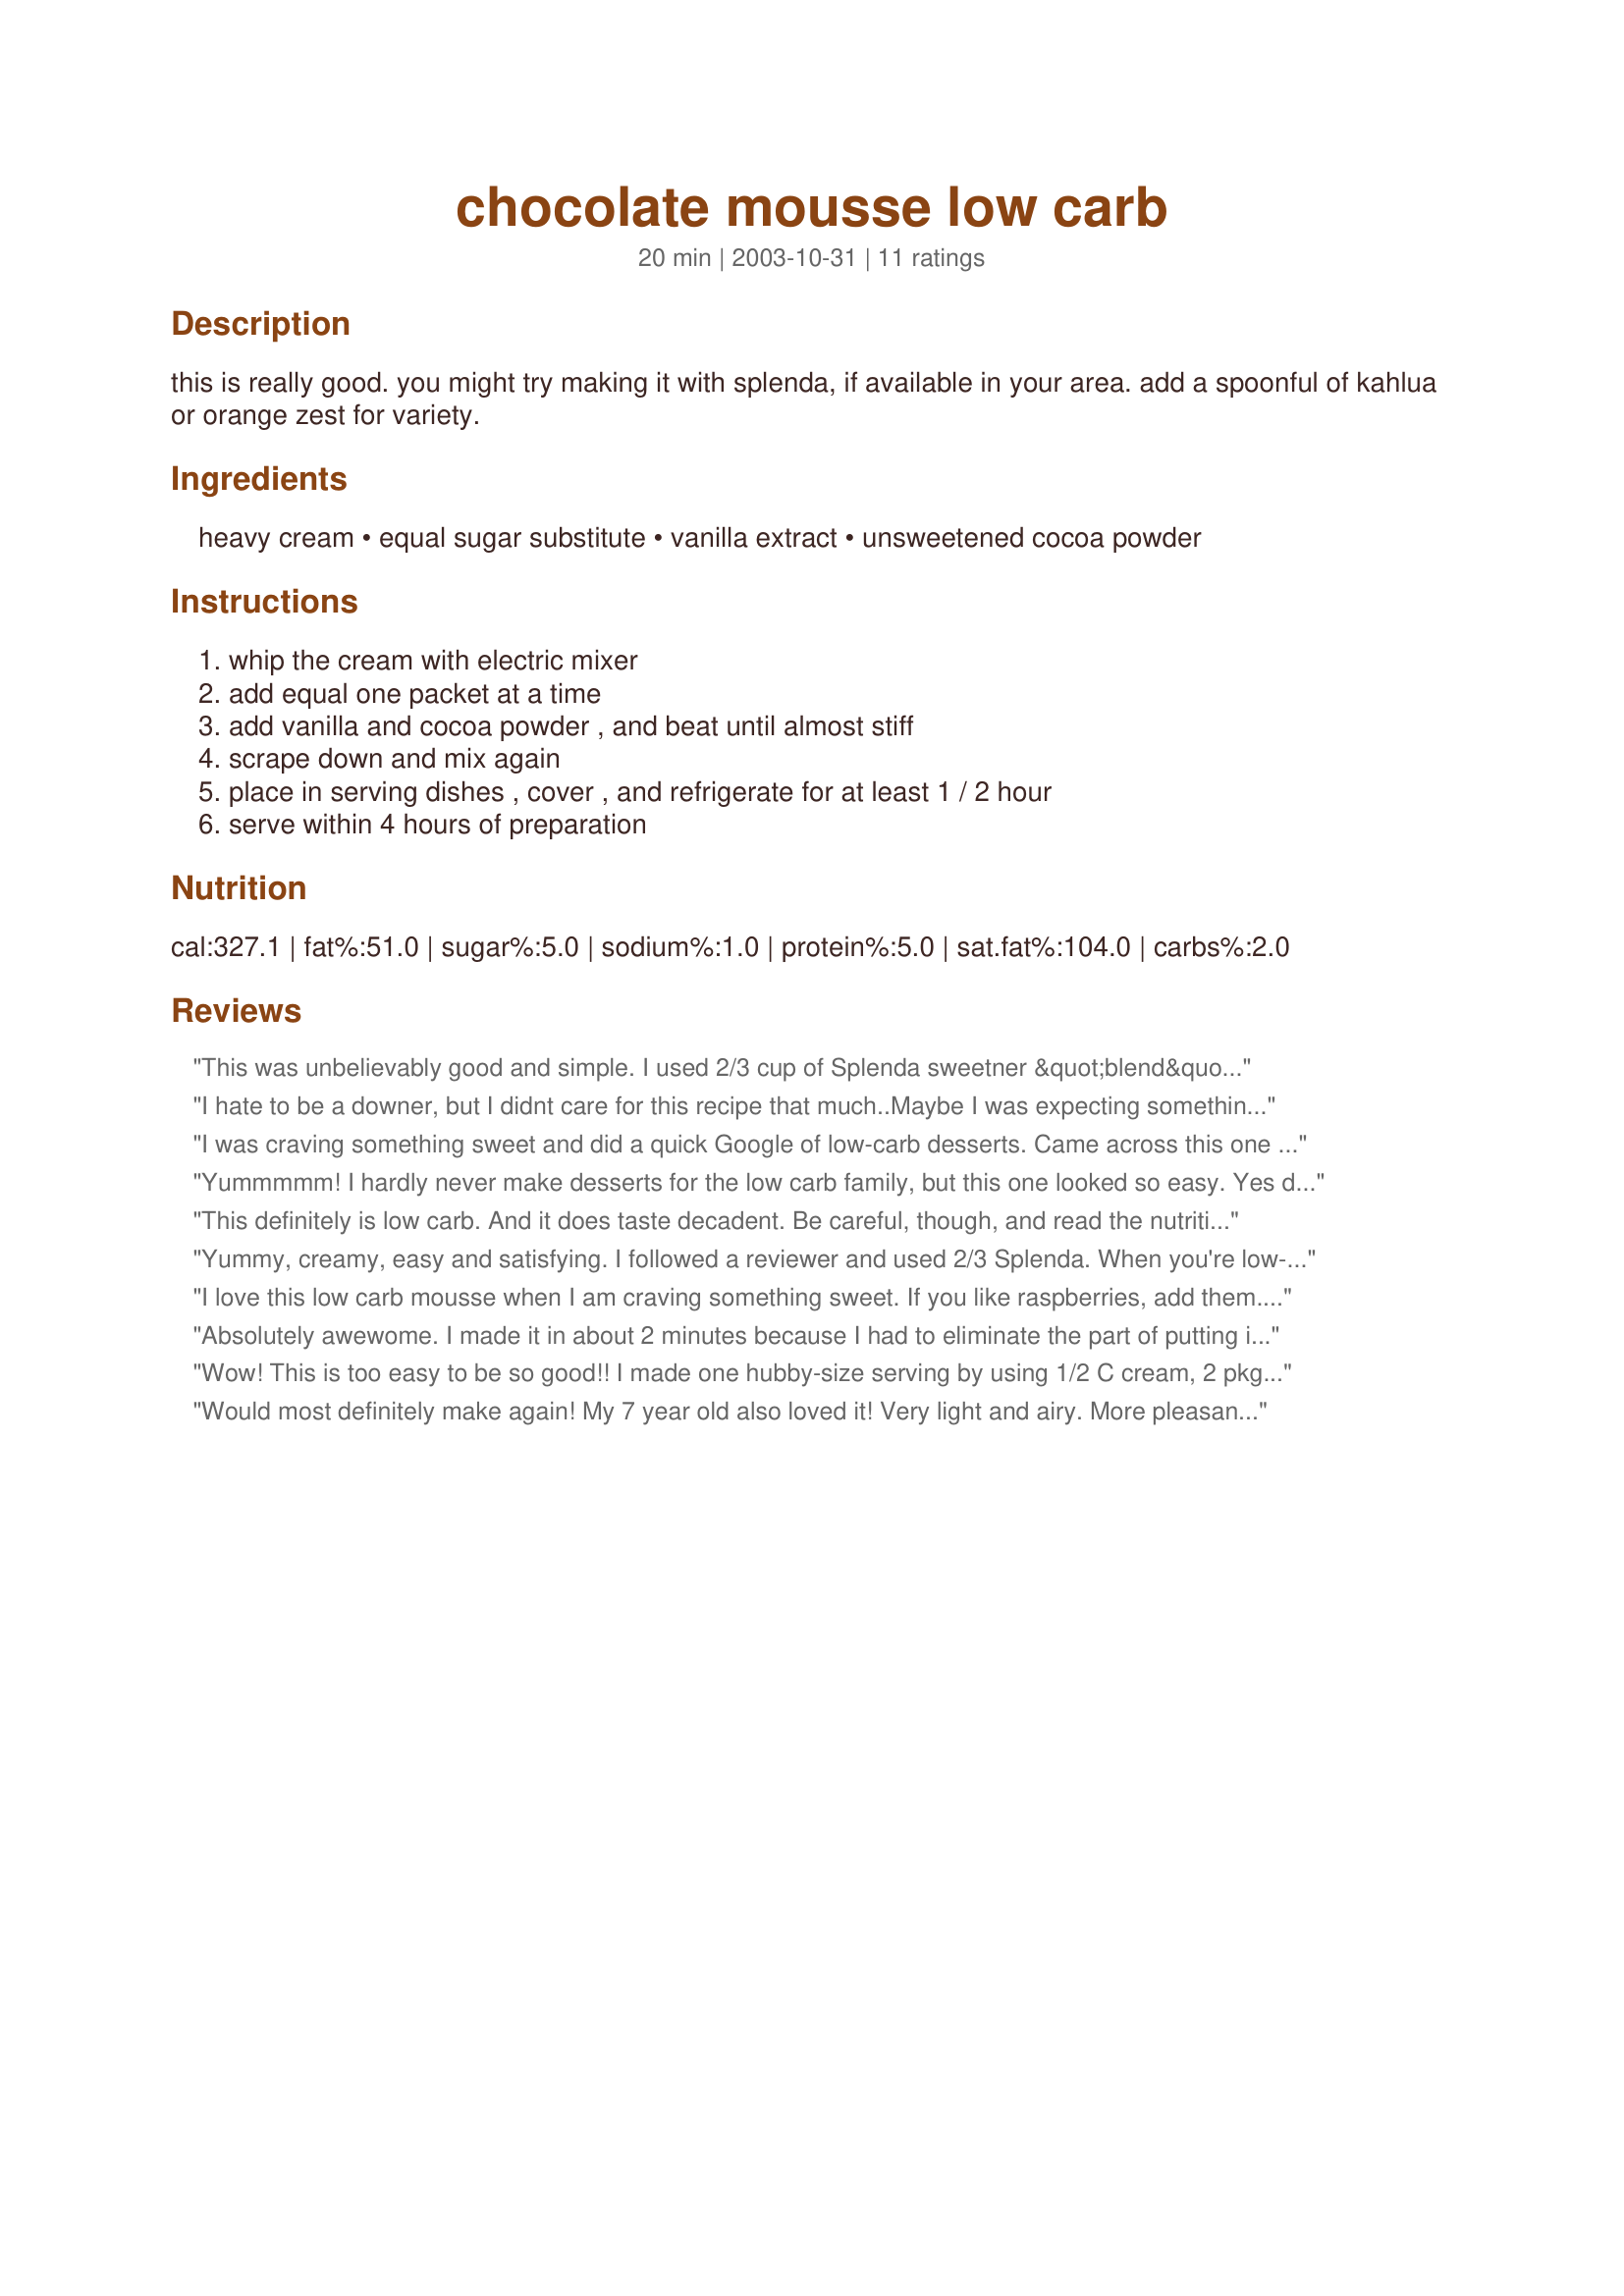
chocolate mousse low carb
Preparation time: 20 minutes

this is really good. you might try making it with splenda, if available in your area. add a spoonful of kahlua or orange zest for variety.

Ingredients:
heavy cream, equal sugar substitute, vanilla extract, unsweetened cocoa powder

Steps:
whip the cream with electric mixer, add equal one packet at a time, add vanilla and cocoa powder , and beat until almost stiff, scrape down and mix again, place in serving dishes , cover , and refrigerate for at least 1 / 2 hour, serve within 4 hours of preparation

Reviews:
This was unbelievably good and simple. I used 2/3 cup of Splenda sweetner &quot;blend&quot; in the big bag and it worked out great. I do like the taste of Equal better, so I'll try it with that next time (just a personal preference). But definitely satisfies the sweet tooth - topped with sugar-free whipped cream and blackberries/blueberries for an awesome dessert! Keeper recipe and thanks for posting!
I hate to be a downer, but I didnt care for this recipe that much..Maybe I was expecting something different. I felt like it was missing something...thanks for sharing your recipe...
I was craving something sweet and did a quick Google of low-carb desserts. Came across this one and it&#039;s starred ratings. I&#039;m past the low-carb induction phase, so I used a third cup of the sugar/Splenda blend instead of all artificial sweetener. I also used a half tsp of orange flavoring and a half tsp of vanilla. It is delicious! Love it. It&#039;s chilling in the fridge now. Hope I can eat just one. Next time I&#039;ll add a packet of Starbucks instant coffee to it.
Yummmmm! I hardly never make desserts for the low carb family, but this one looked so easy. Yes definitely a keeper. I did use 2/3 c.of Splenda. I may have gotten carried away with the beating, but it turned out great. In fact, I just put it in the fridge and had to run to review it. Fellow low-carbers, this is for you!! Thanks Snuqueen!
This definitely is low carb. And it does taste decadent. Be careful, though, and read the nutrition info - over 90% FAT. Calories are calories, and if you&#039;re eating low carb for losing weight, this might not be for you. If, however, you&#039;re eating low carb for some other reason, enjoy!!
Yummy, creamy, easy and satisfying. I followed a reviewer and used 2/3 Splenda. When you're low-carbing, it's so nice to get the meat taste out of your mouth with something that tastes different and decadent. Thanks for posting.
I love this low carb mousse when I am craving something sweet. If you like raspberries, add them. They only add about 2.3g of carbs for 10 raspberries and it gives this mousse the best flavor.
Absolutely awewome. I made it in about 2 minutes because I had to eliminate the part of putting it in the fridge for 30 minutes. I added 1/2 cup splenda and next time I will probably do 2/3 cup. 
This is great. To think I can eat like this and be skinny!
Wow! This is too easy to be so good!! I made one hubby-size serving by using 1/2 C cream, 2 pkg Splenda, and about 1 T cocoa. I think he could have eaten the whole 4 servings if I had made it:) This is a keeper, snuqueen!
Would most definitely make again! My 7 year old also loved it! Very light and airy. More pleasant than the usual mousse.
This just didn't do it for me, and at just under 7 carbs per serving (as written), I'd rather find another way to use my carbs. For those using the Splenda blend, I hope you're not making this recipe looking for low carb. 1/2 c. Splenda blend adds 97 grams of carbs!
